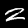
Digit: 2